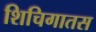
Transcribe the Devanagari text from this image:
शिचिगातस